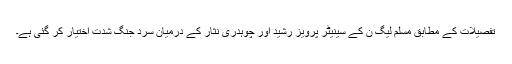
تفصیلات کے مطابق مسلم لیگ ن کے سینیٹر پرویز رشید اور چوہدری نثار کے درمیان سرد جنگ شدت اختیار کر گئی ہے۔